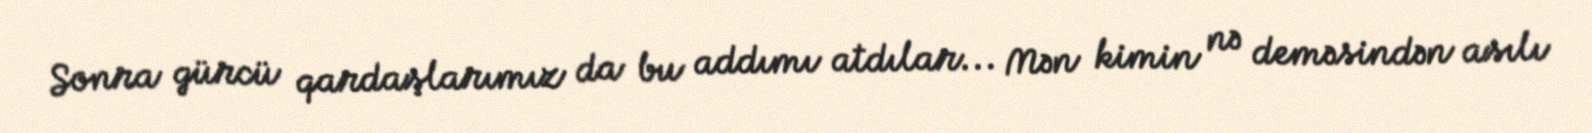
Sonra gürcü qardaşlarımız da bu addımı atdılar... Mən kimin nə deməsindən asılı